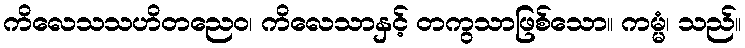
ကိလေသသဟိတညေဝ၊ ကိလေသာနှင့် တကွသာဖြစ်သော။ ကမ္မံ၊ သည်။